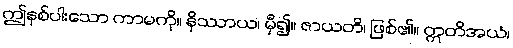
ဤနှစ်ပါးသော ကာမကို။ နိဿာယ၊ မှီ၍။ ဇာယတိ၊ ဖြစ်၏။ ဣတိအယံ၊